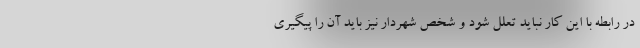
در رابطه با این کار نباید تعلل شود و شخص شهردار نیز باید آن را پیگیری